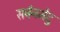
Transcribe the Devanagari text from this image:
सर्बनमेदु